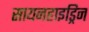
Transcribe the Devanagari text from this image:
सायनहाइड्रिन